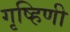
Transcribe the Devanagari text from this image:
गृष्हिणी